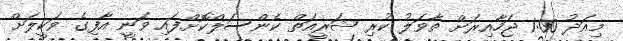
މިއަދު 1:00 ޖަހާއިރަށް ތާވަލު ކުރި ޝަރީއަތް ކެންސަލްކޮށްފައި ވަނީ އާފިގެ ވަކީލަށް